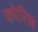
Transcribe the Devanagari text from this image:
कोरिन्न